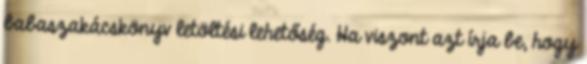
babaszakácskönyv letöltési lehetőség. Ha viszont azt írja be, hogy